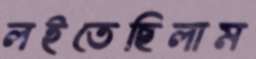
লইতেছিলাম